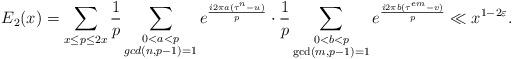
LaTeX: \begin{align*}E_2(x)=\sum_{x\leq p\leq 2x} \frac{1}{p}\sum_{\substack{0< a< p\\gcd(n,p-1)=1}}e^{\frac{i2\pi a(\tau^{n}-u)}{p}} \cdot \frac{1}{p} \sum_{\substack{0< b< p\\\gcd(m,p-1)=1}}e^{\frac{i2\pi b(\tau^{em}-v)}{p}}\ll x^{1-2\varepsilon}.\end{align*}